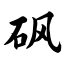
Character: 砜